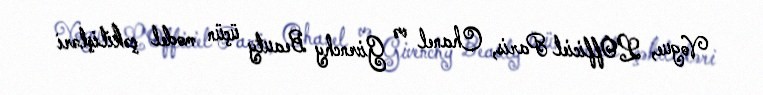
Vogue, L'Officiel Paris, Chanel və Givenchy Beauty üçün model çəkilişləri